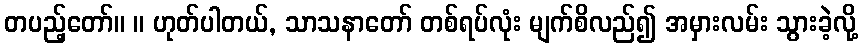
တပည့်တော်။ ။ ဟုတ်ပါတယ်, သာသနာတော် တစ်ရပ်လုံး မျက်စိလည်၍ အမှားလမ်း သွားခဲ့လို့